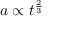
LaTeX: a \propto t ^ { \frac { 2 } { 3 } }